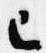
已